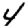
Digit: 4